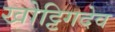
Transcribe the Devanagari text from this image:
खोट्टिगदेव